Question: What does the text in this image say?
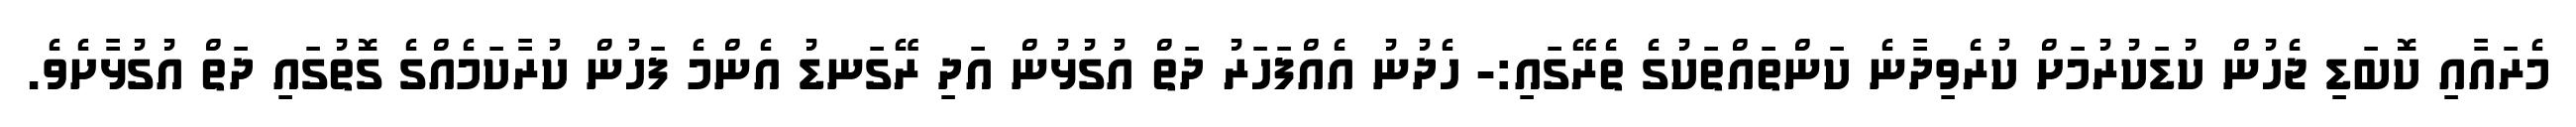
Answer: މެރައާއި ކޮބަޑި ޖެހުން ކުޑަކުރުމަށް ކުރެވިދާނެ ކަންތައްތަކުގެ ތެރޭގައި:- ހެދުނު އެއްފަހަރު ދަތް އުގުޅުން އަދި ރޭގަނޑު އެންމެ ފަހުން ކުރާކަމެއްގެ ގޮތުގައި ދަތް އުގުޅާށެވެ.